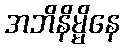
အဘိနိမ္မိနေ